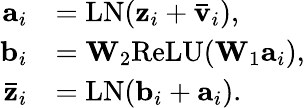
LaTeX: \begin{array}{rl}{\mathbf{a}_{i}}&{=\mathrm{LN}(\mathbf{z}_{i}+\mathbf{\bar{v}}_{i}),}\\ {\mathbf{b}_{i}}&{=\mathbf{W}_{2}\mathrm{ReLU}(\mathbf{W}_{1}\mathbf{a}_{i}),}\\ {\mathbf{\bar{z}}_{i}}&{=\mathrm{LN}(\mathbf{b}_{i}+\mathbf{a}_{i}).}\end{array}